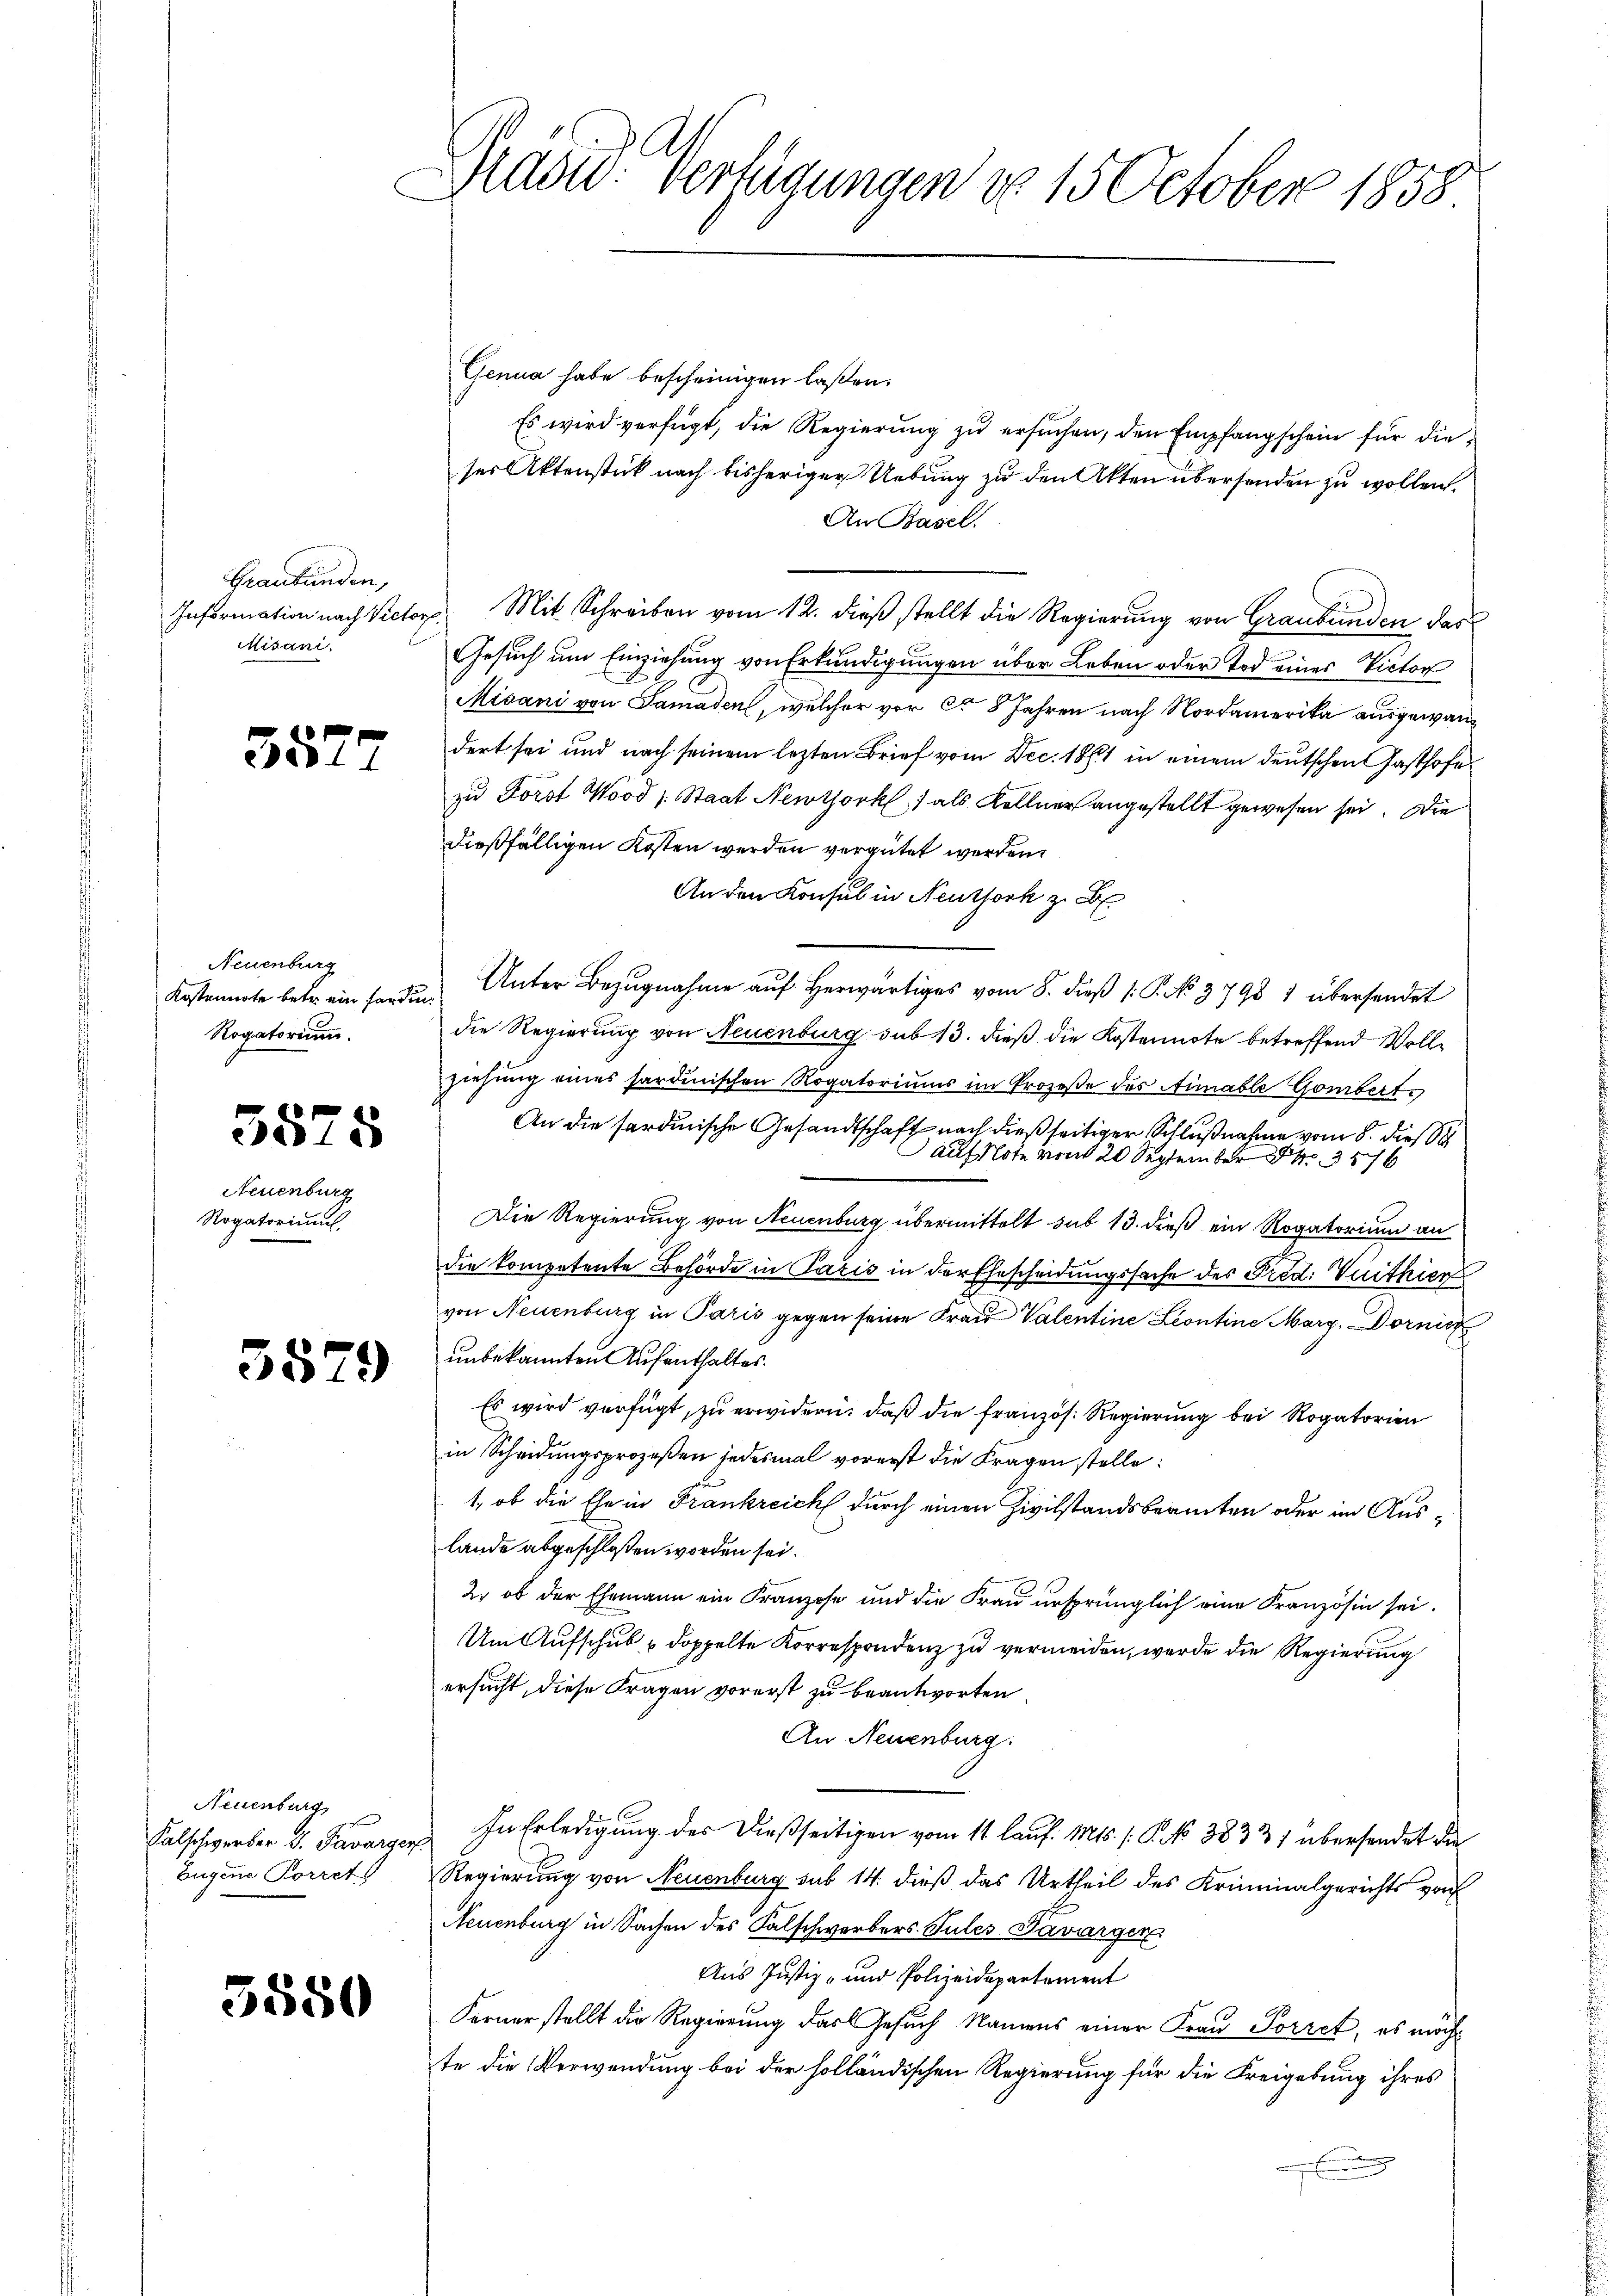
Graubünden,
Misani.

3

552

Neuenburg
Kostennote betr. ein handen
Rogatorium.

3875

Neuenburg
Rogatoriums,

35

550

)

Neuenburg
Falschwerber d. Favarger.
Eugene Korret

Brasi: Verfügungen do 15 October 1858

Genua habe bescheinigen laßen.
Es wird verfügt, die Regierung zu ersuchen, den Empfangschein für dieser Aktenstück nach bisheriger Uebung zu den Akten übersenden zu wollen.
An Basel.
Information nach Victor. Mit Schreiben vom 12. dieß stellt die Regierung von Graubünden das
Gesuch um Einziehung von Erkundigungen über Leben oder Tod eines Victor
Misani von Samaden, welcher vor ca 8 Jahren nach Nordamerika ausgewandert sei und nach seinem lezten Brief vom Dec. 1861 in einem deutschen Gasthofe
zu Forst Wood / Staat Newtork) als Kellner angestellt gewesen sei. Die
dießfälligen Kosten werden vergütet werden.
An den Konsul in Neuthork z. B
Unter Bezŭgnahme aŭf herwärtiges vom 8. dieβ (: P. 3798 1 übersendet
die Regierung von Neuenburg sub 13. dieß die Kostennote betreffend Vollziehung eines sardinischen Rogatoriums im Prozeße des Aimable Gombert.
An die sardinische Gesandtschaft nach dießseitiger Schlußnahme vom 8. dies
 20 September
Die Regierung von Neuenburg übermittelt sub 13. dieß ein Rogatorium an
die kompetente Behörde in Paris in der Ehescheidungssache des Fied: Vuithier
von Neuenburg in Paris gegen seine Frau Valentine Leontine Marg. Dornis
unbekannten Aufenthaltes.
Es wird verfügt, zu erwidern, daß die französ. Regierung bei Rogatorien
in Scheidungsprozeßen jedesmal vorerst die Fragen stelle:
1, ob die Ehe in Frankreich durch einen Zivilstandsbeamten oder im Auslande abgeschloßen worden sei.
2, ob der Ehemann ein Franzose und die Frau ursprünglich eine Kranzösin sei.
Um Aufschub doppelte Korrespondenz zu vermeiden, werde die Regierung
ersucht, diese Fragen vorerst zu beantworten.
An Neuenburg:
In Erledigung des dießseitigen vom 14. Laus. Mts. (: P. NNo. 3833) übersendet die
Regierung von Neuenburg sub 14. dieß das Urtheil des Kriminalgerichts von
Neuenburg in Sachen des Falschwerbers Tules Davargen
Aus Justiz- und Polizeidepartement
Ferner stellt die Regierung das Gesuch Namens einer Frau Porret, es möchte die Verwendung bei der holländischen Regierung für die Freigebung ihres